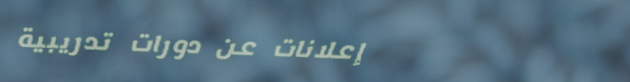
إعلانات عن دورات تدريبية